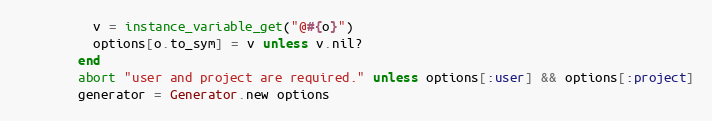
Language: Ruby
          v = instance_variable_get("@#{o}")
          options[o.to_sym] = v unless v.nil?
        end
        abort "user and project are required." unless options[:user] && options[:project]
        generator = Generator.new options